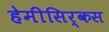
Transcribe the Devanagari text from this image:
हेमीसिर्कस